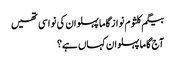
بیگم کلثوم نواز گاما پہلوان کی نواسی تھیں
آج گاما پہلوان کہاں ہے؟